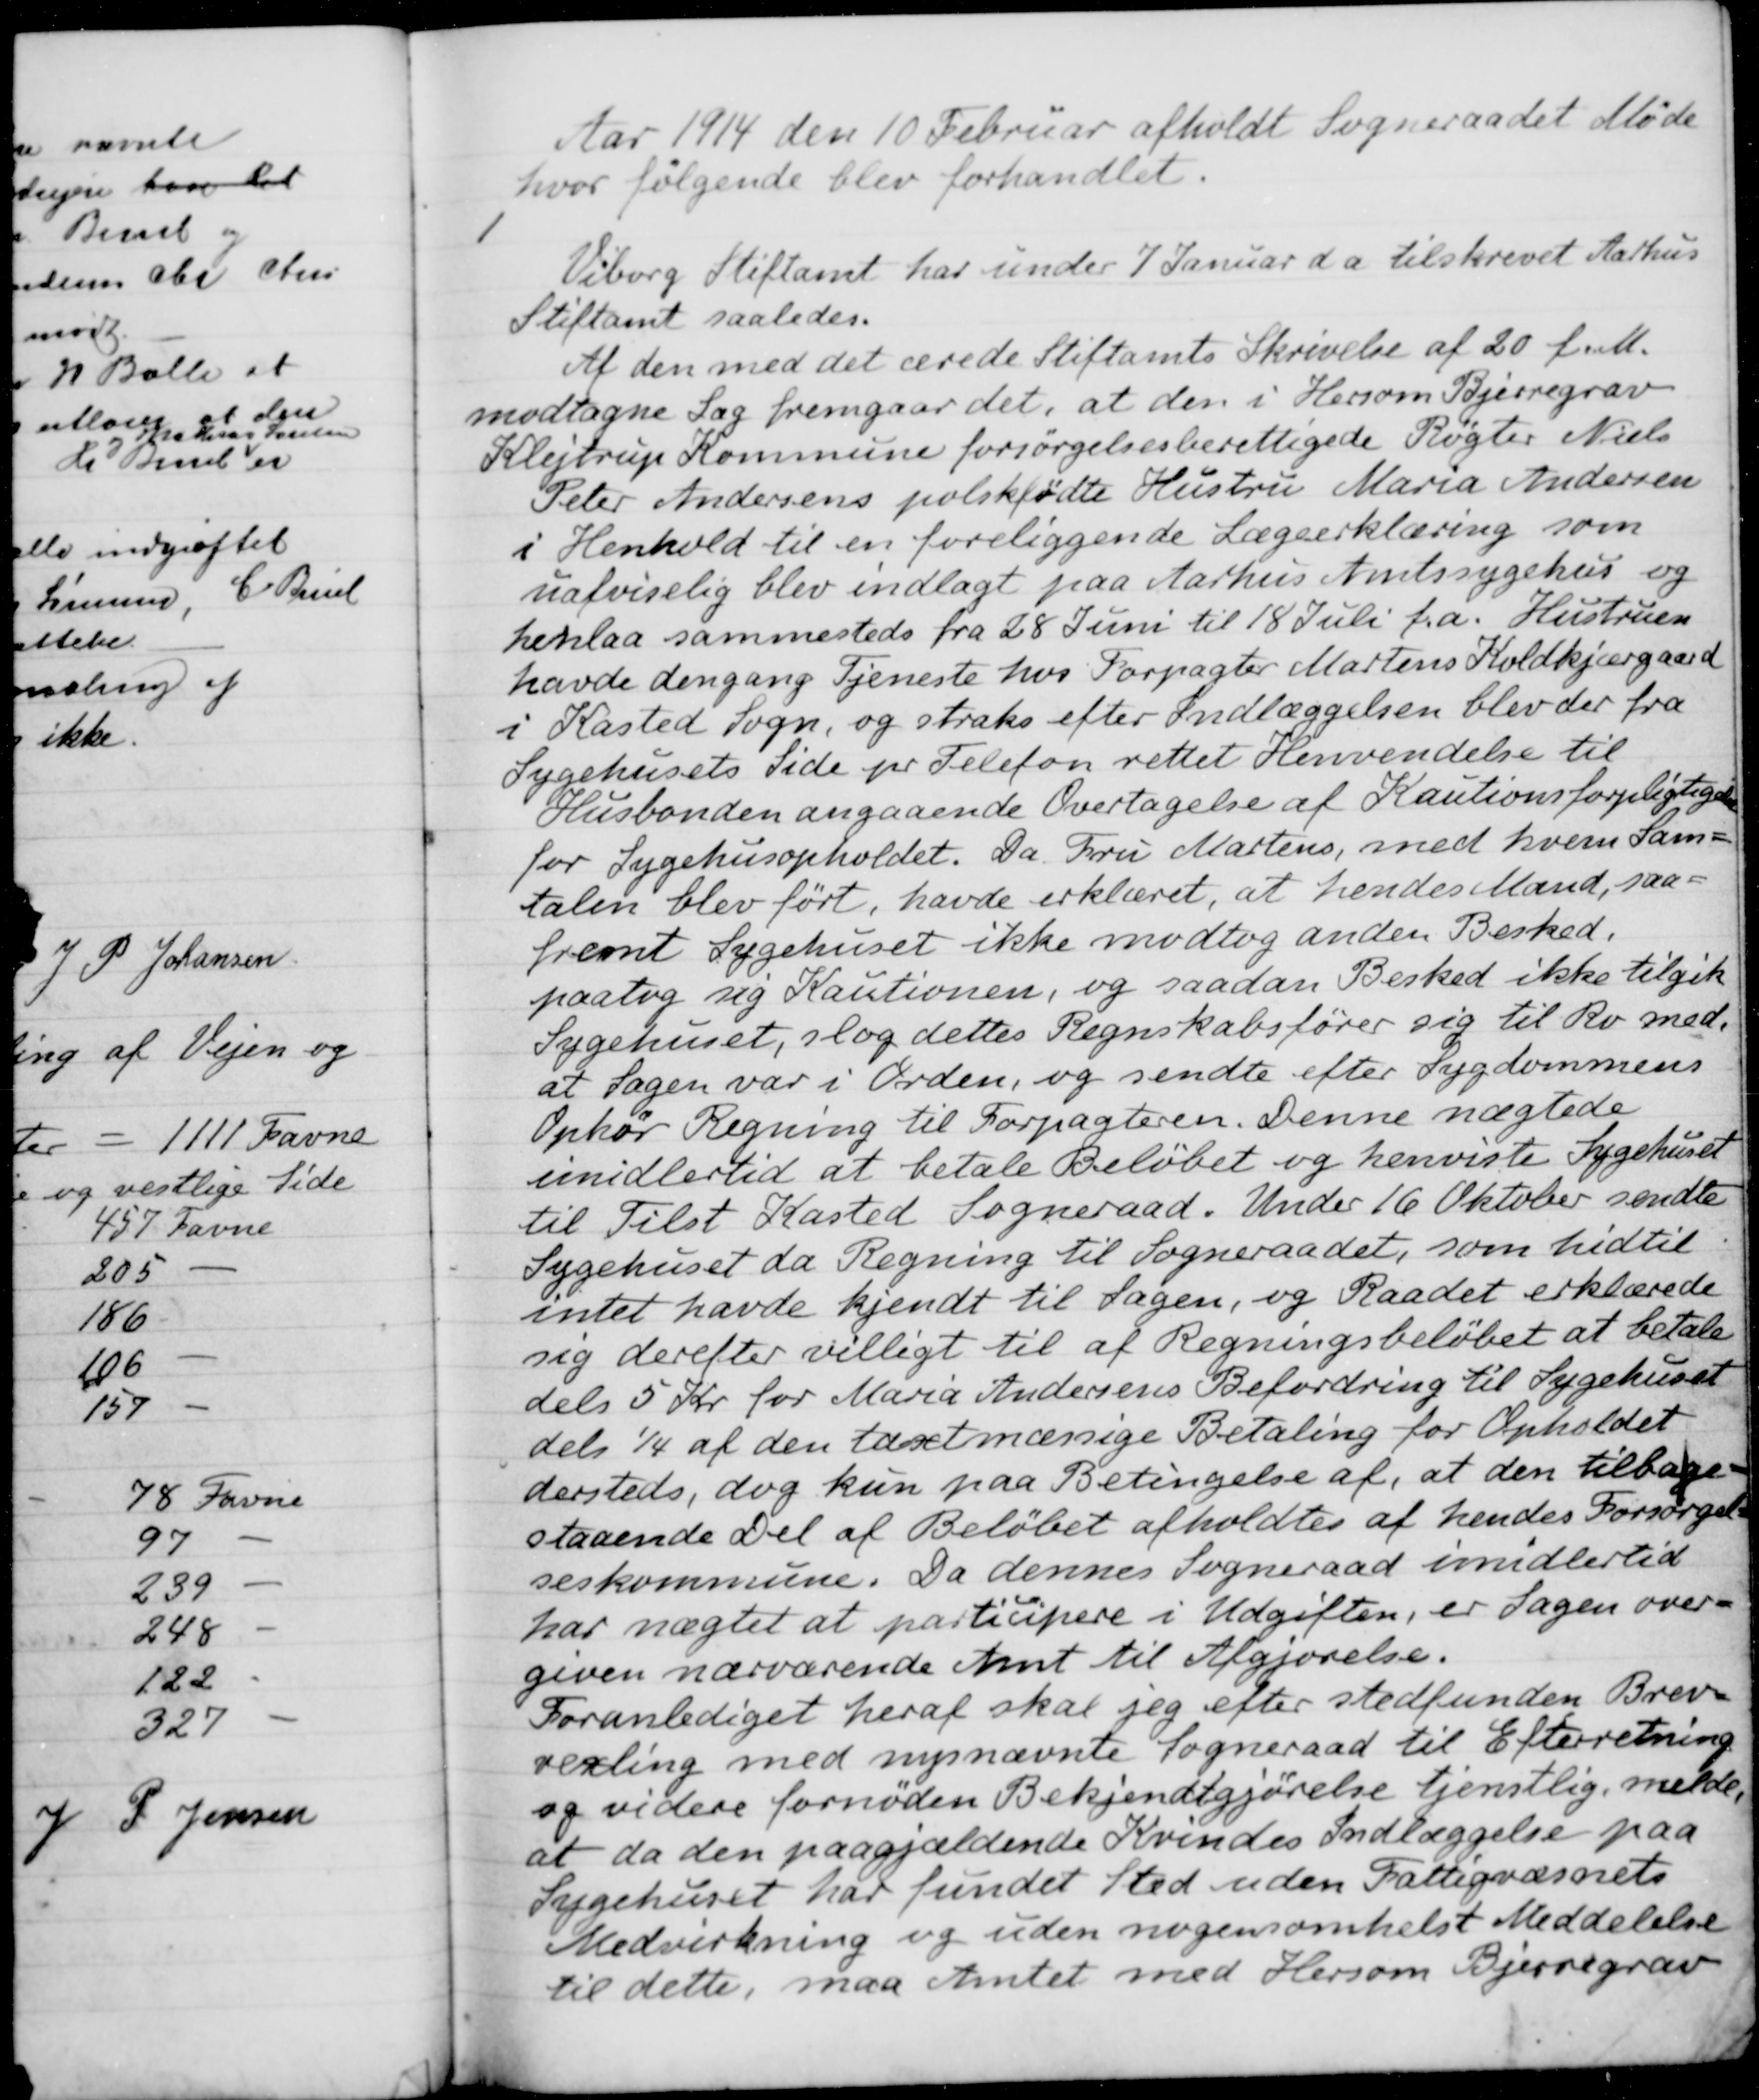
Transskription:
Aar 1914 den 10 Februar afholdt Sogneraadet Møde
hvor følgende blev forhandlet.
1
Viborg Stiftamt har under 7 Januar d.a tilskrevet Aarhus
Stiftamt saaledes.
Af den med det ærede Stiftamts Skrivelse af 20 f.M.
modtagne Sag fremgaar det, at den i Hersom Bjerregrav
Klejtrup Kommune forsørgelsesberettigede Røgter Niels
Peter Andersens polskfødte Hustru Maria Andersen
i Henhold til en foreliggende Lægeerklæring som
uafviselig blev indlagt paa Aarhus Amtssygehus og
henlaa sammesteds fra 28 Juni til 18 Juli f.a. Hustruen
havde dengang Tjeneste hos Forpagter Martens Koldkjærgaard
i Kasted Sogn, og straks efter Indlæggelsen blev der fra
Sygehusets Side pr. Telefon rettet Henvendelse til
Husbonden angaaende Overtagelse af Kautionsforpligtigelse
for Sygehusopholdet. Da Fru Martens, med hvem Sam-
talen blev ført, havde erklæret, at hendes Mand, saa-
fremt Sygehuset ikke modtog anden Besked,
paatog sig Kautionen, og saadan Besked ikke tilgik
Sygehuset, slog dettes Regnskabsfører sig til Ro med,
at Sagen var i Orden, og sendte efter Sygdommens
Ophør Regning til Forpagteren. Denne nægtede
imidlertid at betale Beløbet og henviste Sygehuset
til Tilst Kasted Sogneraad. Under 16 Oktober sendte
Sygehuset da Regning til Sogneraadet, som hidtil
intet havde kjendt til Sagen, og Raadet erklærede
sig derefter villigt til af Regningsbeløbet at betale
dels 5 Kr for Maria Andersens Befordring til Sygehuset
dels 1/4 af den taxtmæssige Betaling for Opholdet
dersteds, dog kun paa Betingelse af, at den tilbage-
staaende Del af Beløbet afholdtes at hendes Forsørgel-
seskommune. Da dennes Sogneraad imidlertid
har nægtet at participere i Udgiften, er Sagen over-
given nærværende Amt til Afgjørelse.
Foranlediget heraf skal jeg efter stedfunden Brev-
vexling med nysnævnte Sogneraad til Efterretning
og videre fornøden Bekjendtgjørelse tjenstlig melde,
at da den paagjældende Kvindes Indlæggelse paa
Sygehuset har fundet Sted uden Fattigvæsnets
Medvirkning og uden nogensomhelst Meddelelse
til dette, maa Amtet med Hersom Bjerregrav